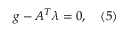
g - A ^ { T } \lambda = 0 , \quad ( 5 )